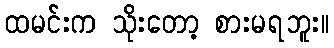
ထမင်းက သိုးတော့ စားမရဘူး။